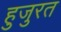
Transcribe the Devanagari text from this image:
हुजुरत